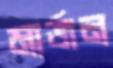
মার্জন